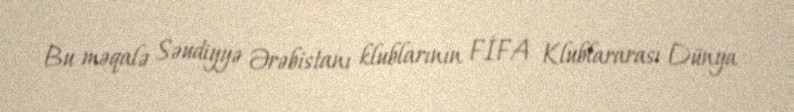
Bu məqalə Səudiyyə Ərəbistanı klublarının FİFA Klublararası Dünya